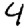
Digit: 4